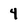
Character: 4